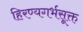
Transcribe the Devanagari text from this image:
हिरण्यगर्भसूक्त